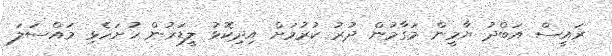
ރައީސް އަބްދު ޔާމީން މަގާމުން ދުރު ކުރުމަށް އިދިކޮޅު ލީޑަރުން ހުށަހެޅި މައްސަލަ